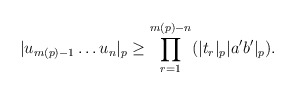
\begin{align*} |u_{m(p)-1}\dots u_n|_p \geq \prod^{m(p)-n}_{r=1}(|t_r|_p|a'b'|_p).\end{align*}